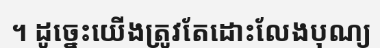
។ ដូច្នេះយើងត្រូវតែដោះលែងបុណ្យ